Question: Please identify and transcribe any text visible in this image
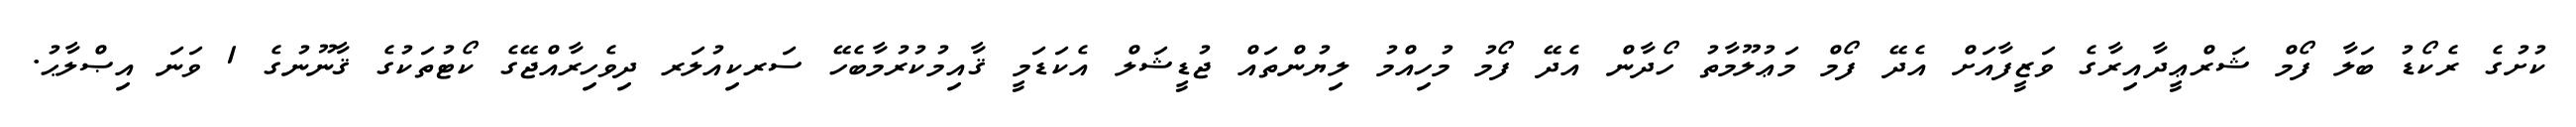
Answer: ކުށުގެ ރެކޯޑު ބަލާ ފޯމް ޝަރްޢީދާއިރާގެ ވަޒީފާއަށް އެދޭ ފޯމް މަޢުލޫމާތު ހޯދާން އެދޭ ފޯމު މުހިއްމު ލިޔުންތައް ޖުޑީޝަލް އެކަޑަމީ ޤާއިމުކުރުމާބެހޭ ސަރކިއުލަރ ދިވެހިރާއްޖޭގެ ކޯޓުތަކުގެ ޤާނޫނުގެ 1 ވަނަ އިޞްލާޙު.